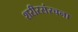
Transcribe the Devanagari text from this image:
शरीरसंरचना